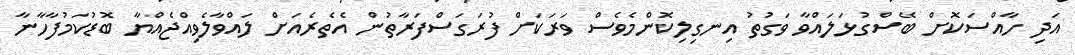
އަދި ހާއްސަކޮށް ބޭސްގުޅަލައްވާ ވަގުތު އިނގިލިކޮންމެވެސް ވަރަކަށް ފުރަގަސްފަރާތުން އެތެރެއަށް ލައްވާލެވިއްޖެއްޔާ ބޮޑުކަމުފާހާނާ